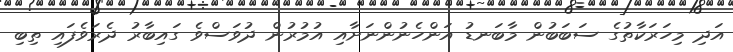
އަދި މިހަރަކާތުގެ ސަބަބުން މާބަނޑު އަންހެނުންނަށާއި އުމުރުން ދުވަސްވެ ގައިބާރު ދެރަވެފައި ތިބި